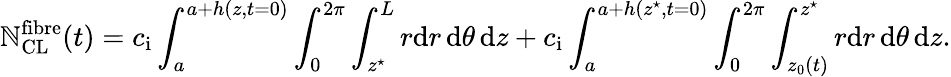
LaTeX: \mathbb{N}_{\mathrm{{CL}}}^{\mathrm{{fibre}}}(t)=c_{\mathrm{{i}}}\int_{a}^{a+h(z,t=0)}\int_{0}^{2\pi}\int_{z^{\star}}^{L}r\mathrm{{d}}r\, \mathrm{{d}}\theta\, \mathrm{{d}}z+c_{\mathrm{{i}}}\int_{a}^{a+h(z^{\star},t=0)}\int_{0}^{2\pi}\int_{z_{0}(t)}^{z^{\star}}r\mathrm{{d}}r\, \mathrm{{d}}\theta\, \mathrm{{d}}z.